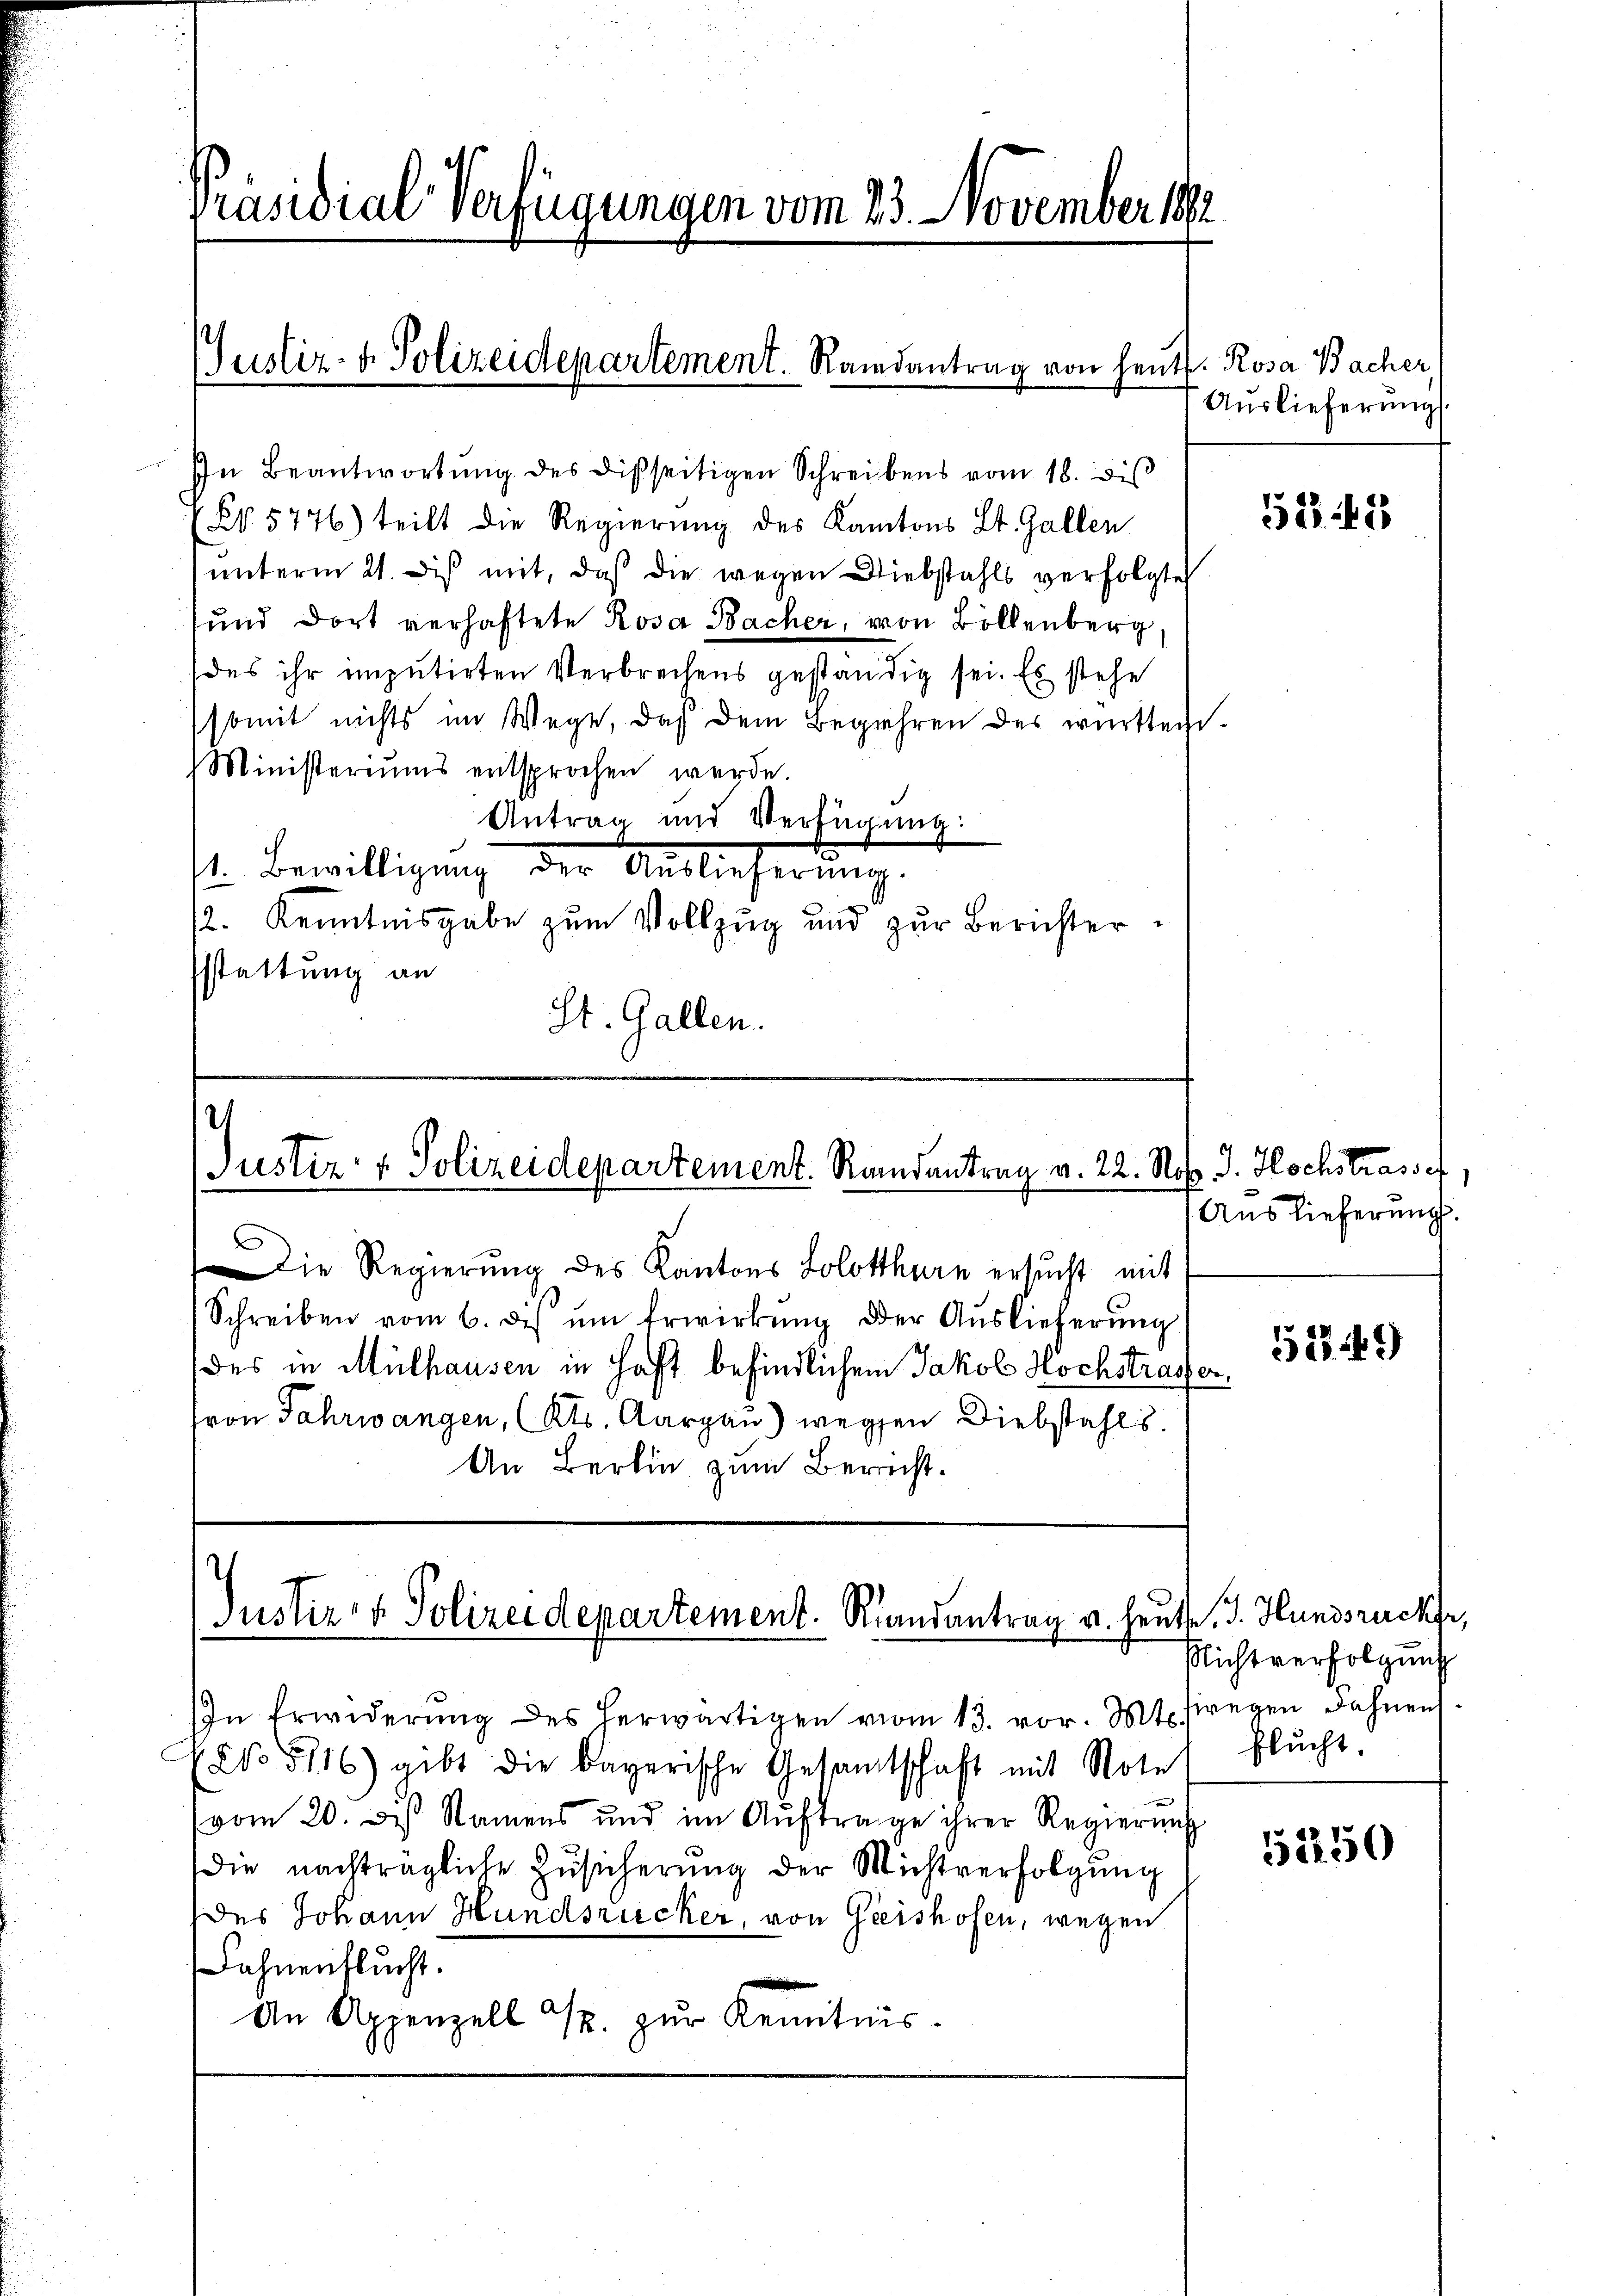
Präsidial-Verfügungen vom 23. November 1892

Justiz- & Polizeidepartement. Randantrag von heut. Rosa Bacher,

2
Justiz- & Polizeidepartement. Randantrag v. 22. No

.
Justiz- & Polizeidepartement. Randantrag v. heute, J. Hundsrecke,

In Beantwortŭng des disseitigen Schreibens vom 18. diβ
Nr. 5776) teilt die Regierung des Kantons Lt. Gallen
ŭnterm 21. diβ mit, daß die wegen Diebstahls verfolgte
und dort verhaftete Rosa Bacher, von Bollenberg
des ihr imputirten Verbrechens geständig sei. Es stehe
somit nichts im Wege, daß dem Begehren des württem¬
Ministeriums entsprochen werde.
Antrag und Verfügung:
t. Bewilligung der Auslieferung.
2. Kenntnisgabe zum Vollzug und zur Berichtersstattung an
St. Gallen.

Die Regierŭng des Kantons Solothurn ersŭcht mit
Schreiben vom 6. de ŭm Erwirkŭng der Auslieferŭng
des in Mülhausen in Haft befindlichem Jakob Hochstrassen,
von Fahrwangen, (Kts. Aargau) wegen Diebstahls.
An Berlin zum Bericht.

Auslieferung

In Erwiderŭng des herwärtigen vom 13. vor. Mt. wegen Fahnen.
(No 5116) gibt die bayerische Gesamtschaft mit Note
vom 20. des Namens und im Aŭftrage ihrer Regierŭng
die nachträgliche Zŭsicherŭng der Nichtverfolgŭng
des Johann Hundsrücker, von Giershofen, wegen
Fahnenflucht.
An Appenzell u. zur Kenntnis.

58. 48

p. J. Hochstrasse
Auslieferung.

51149

Nichtverfolgung
flucht.

52250